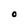
Character: O